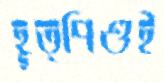
হূত্পিণ্ডই